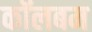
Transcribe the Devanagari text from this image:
कॉलबम